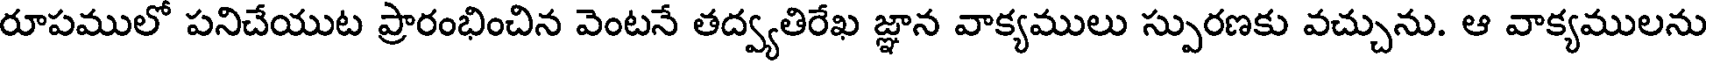
రూపములో పనిచేయుట ప్రారంభించిన వెంటనే తద్వ్యతిరేఖ జ్ఞాన వాక్యములు స్పురణకు వచ్చును. ఆ వాక్యములను